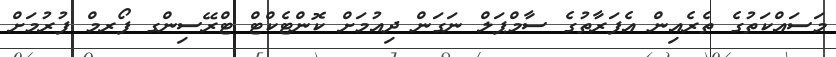
މަސައްކަތުގެ ތެރެއިން އެފަރާތުގެ ސާމްޕަލް ނަގަން ދިއުމަށް ކޮންޓެކްޓް ޓްރޭސިންގ ފޯރމް ފުރުމަށް